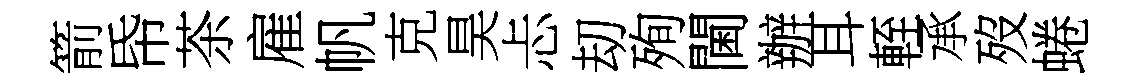
箭帋茶雇帆克昊忐刧殉閫辦耳輊承歿蜷